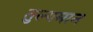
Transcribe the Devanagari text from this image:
तुल्यमान